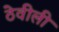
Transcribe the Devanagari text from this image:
ठेवीली